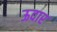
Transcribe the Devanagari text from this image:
ऊदार